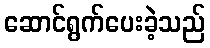
ဆောင်ရွက်ပေးခဲ့သည်